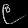
Digit: ၉